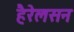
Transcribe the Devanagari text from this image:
हैरेलसन